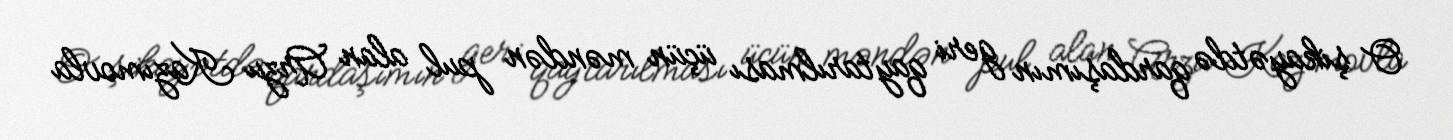
O şikayətdə qardaşımın geri qaytarılması üçün məndən pul alan Arzu Kazımovla